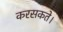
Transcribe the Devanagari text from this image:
करसकते।